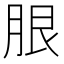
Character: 𦚣